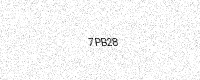
Text: 7PB28